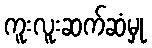
ကူးလူးဆက်ဆံမှု